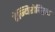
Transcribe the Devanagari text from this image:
टेन्यिरोस्ट्रिस